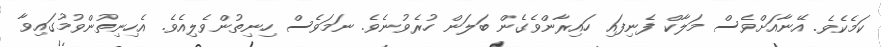
ކަމެކެވެ. އޭނާއަށްވެސް މަލާކް ފެނިފައި ހައިރާންވެގެން ބަލަން ހުރެވުނެވެ. ނަމަވެސް ހިނިތުންވެލިއެވެ. އެހިނިތުންވުމުގައިވާ